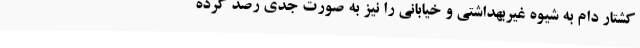
کشتار دام به شیوه غیربهداشتی ‌و خیابانی را نیز به صورت جدی رصد کرده